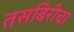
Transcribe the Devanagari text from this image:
तसबिरीचा